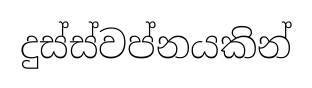
දුස්ස්වප්නයකින්